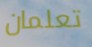
تعلمان